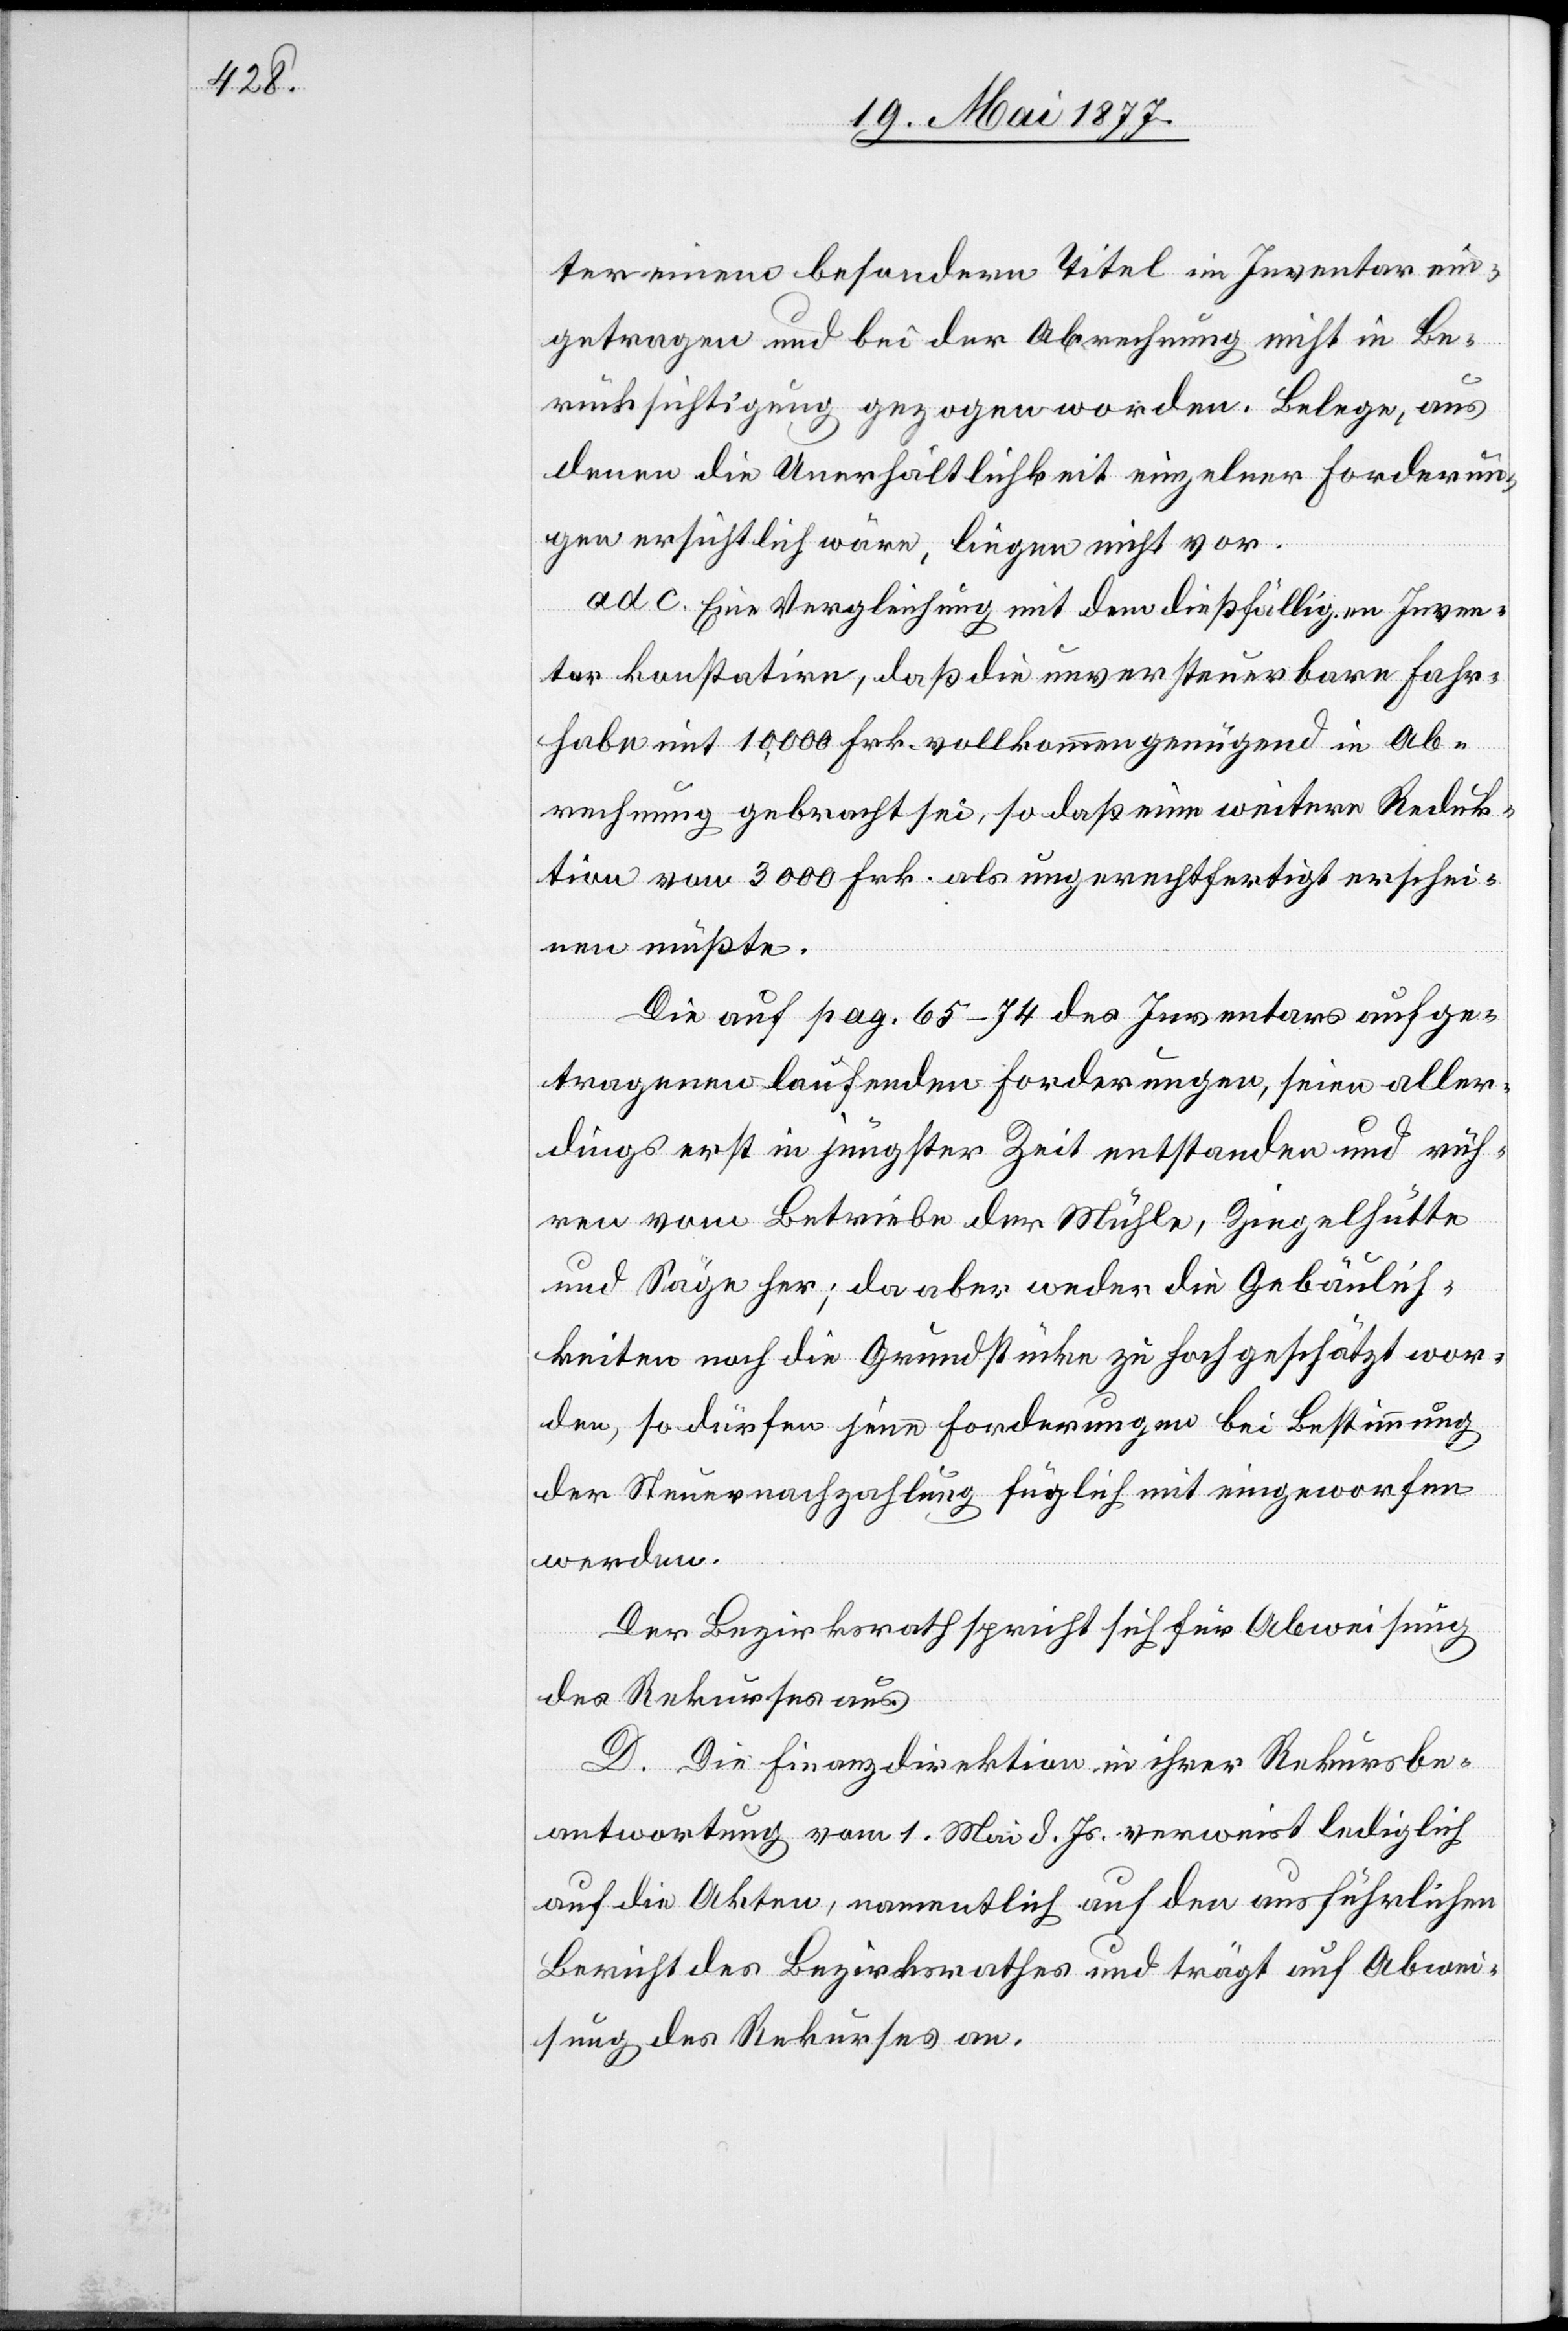
ter einem besondern Titel im Inventar ein¬
getragen und bei der Abrechnung nicht in Be¬
rücksichtigung gezogen worden. Belege, aus
denen die Unerhältlichkeit einzelner Forderun¬
gen ersichtlich wäre, liegen nicht vor.
ad c. Eine Vergleichung mit dem dießfälligen Inven¬
tar konstatire, daß die unversteuerbare Fahr¬
habe mit 10,000 Frk. vollkommen genügend in Ab¬
rechnung gebracht sei, so daß eine weitere Reduk¬
tion von 3000 Frk. als ungerechtfertigt erschei¬
nen müßte.
Die auf pag. 65–74 des Inventars aufge¬
tragenen laufenden Forderungen, seien aller¬
dings erst in jüngster Zeit entstanden und rüh¬
ren vom Betriebe der Mühle, Ziegelhütte
und Säge her; da aber weder die Gebäulich¬
keiten noch die Grundstücke zu hoch geschätzt wor¬
den, so dürfen jene Forderungen bei Bestimmung
der Steuernachzahlung füglich mit eingeworfen
werden.
Der Bezirksrath spricht sich für Abweisung
des Rekurses aus.
D. Die Finanzdirektion in ihrer Rekursbe¬
antwortung vom 1. Mai d. Js. verweist lediglich
auf die Akten, namentlich auf den ausführlichen
Bericht des Bezirksrathes und trägt auf Abwei¬
sung des Rekurses an.